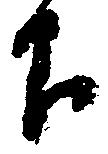
下